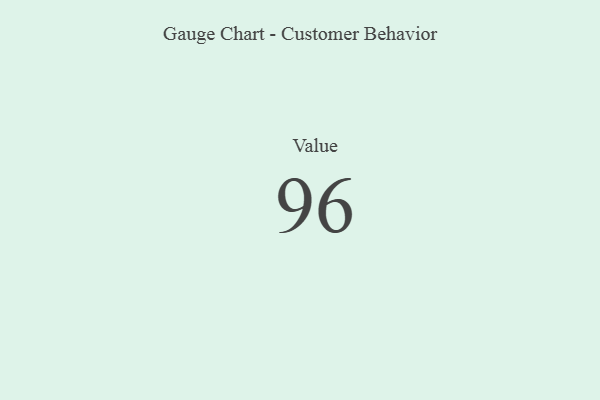
{"axis": {"x": "Metric", "y": "Value"}, "legend": [""], "data": [{"x": "Value", "y": 96, "type": ""}]}